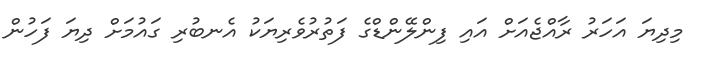
މިދިޔަ އަހަރު ރާއްޖެއަށް އައި ފިންލޭންޑްގެ ފަތުރުވެރިޔަކު އެނބުރި ގައުމަށް ދިޔަ ފަހުން